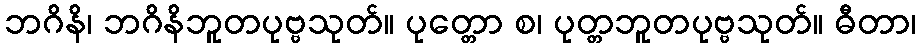
ဘဂိနိ၊ ဘဂိနိဘူတပုဗ္ဗသုတ်။ ပုတ္တော စ၊ ပုတ္တဘူတပုဗ္ဗသုတ်။ ဓီတာ၊